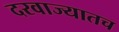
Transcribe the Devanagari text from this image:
दरवाज्यातच